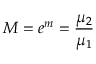
M = e ^ { m } = \frac { \mu _ { 2 } } { \mu _ { 1 } }